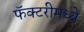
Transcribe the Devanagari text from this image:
फॅक्टरीमध्ये